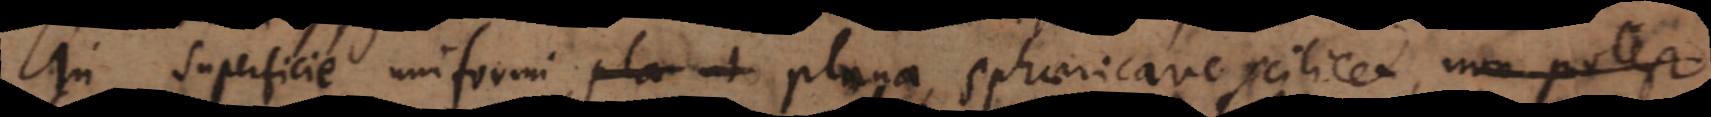
In superficie uniformi, plana, sphaericave scilicet, non potest